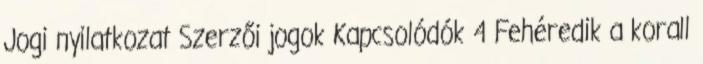
Jogi nyilatkozat Szerzői jogok Kapcsolódók 4 Fehéredik a korall